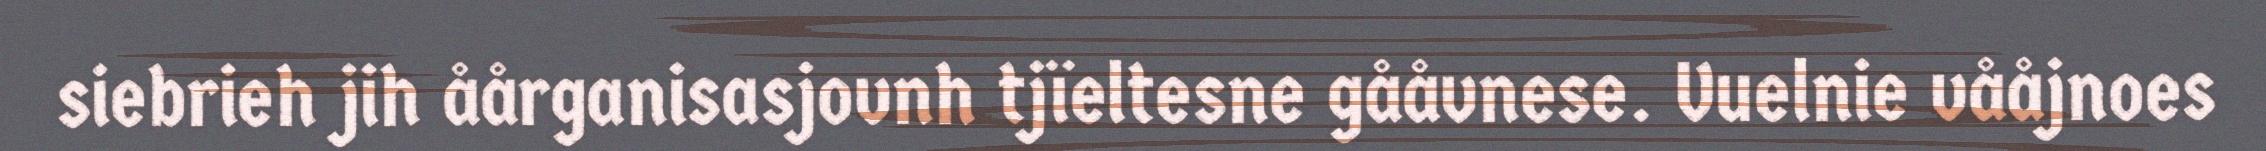
siebrieh jih åårganisasjovnh tjïeltesne gååvnese. Vuelnie vååjnoes